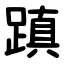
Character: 蹎